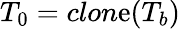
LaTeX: {T}_{0}=clon\mathrm{e}(T_{b})